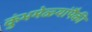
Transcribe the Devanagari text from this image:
कुंभमेळ्यांपैकी